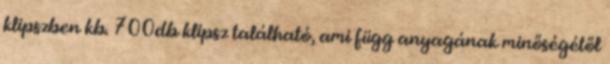
klipszben kb. 700db klipsz található, ami függ anyagának minőségétől